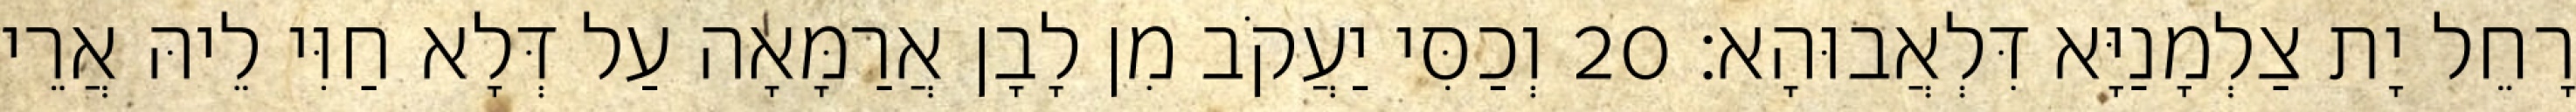
רָחֵל יָת צַלְמָנַיָּא דִּלְאֲבוּהָא׃ 20 וְכַסִּי יַעֲקֹב מִן לָבָן אֲרַמָּאָה עַל דְּלָא חַוִּי לֵיהּ אֲרֵי